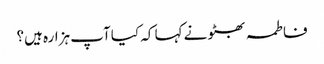
فاطمہ بھٹو نے کہا کہ کیا آپ ہزارہ ہیں؟